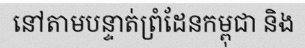
នៅតាមបន្ទាត់ព្រំដែនកម្ពុជា និង